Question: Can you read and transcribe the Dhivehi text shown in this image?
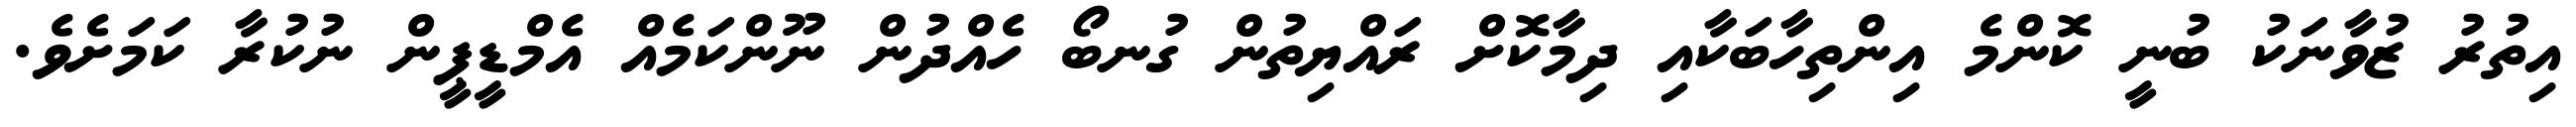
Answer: އިތުރު ޒުވާނަކު ބުނީ ކޮންމެ އިންތިހާބަކާއި ދިމާކޮށް ރައްޔިތުން ގުނބޯ ހެއްދުން ނޫންކަމެއް އެމްޑީޕީން ނުކުރާ ކަމަށެވެ.